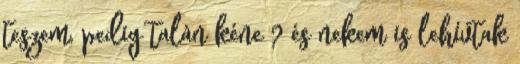
teszem, pedig talán kéne ? és nekem is lehívtak